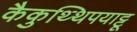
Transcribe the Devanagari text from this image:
कैकुथ्थिपयाट्टू